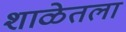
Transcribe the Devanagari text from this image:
शाळेतला